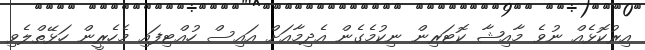
އިރުކޮޅެއް ނުވެ މާއިޝާ ކޮޓަރިން ނިކުމެގެން އެދިމާއަށް އައިސް ހުއްޓިފައި މެހެރީން ހަޅޭތްލެވި